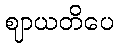
ဈာယတိပေ